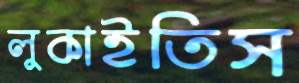
লুকাইতিস